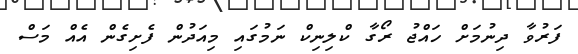
ފަރުވާ ދިނުމަށް ހައްޖު ރޯގާ ކްލިނިކް ނަމުގައި މިއަދުން ފެށިގެން އެއް މަސް